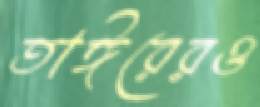
তাঈরেরও